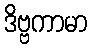
ဒိဗ္ဗကာမာ